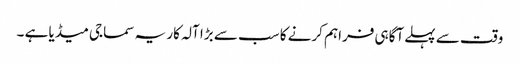
وقت سے پہلے آگاہی فراہم کرنے کا سب سے بڑا آلہ کار یہ سماجی میڈیا ہے ۔